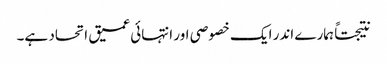
نتیجتاً ہمارے اندر ایک خصوصی اور انتہائی عمیق اتحاد ہے۔